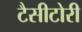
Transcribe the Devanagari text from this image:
टैसीटोरी